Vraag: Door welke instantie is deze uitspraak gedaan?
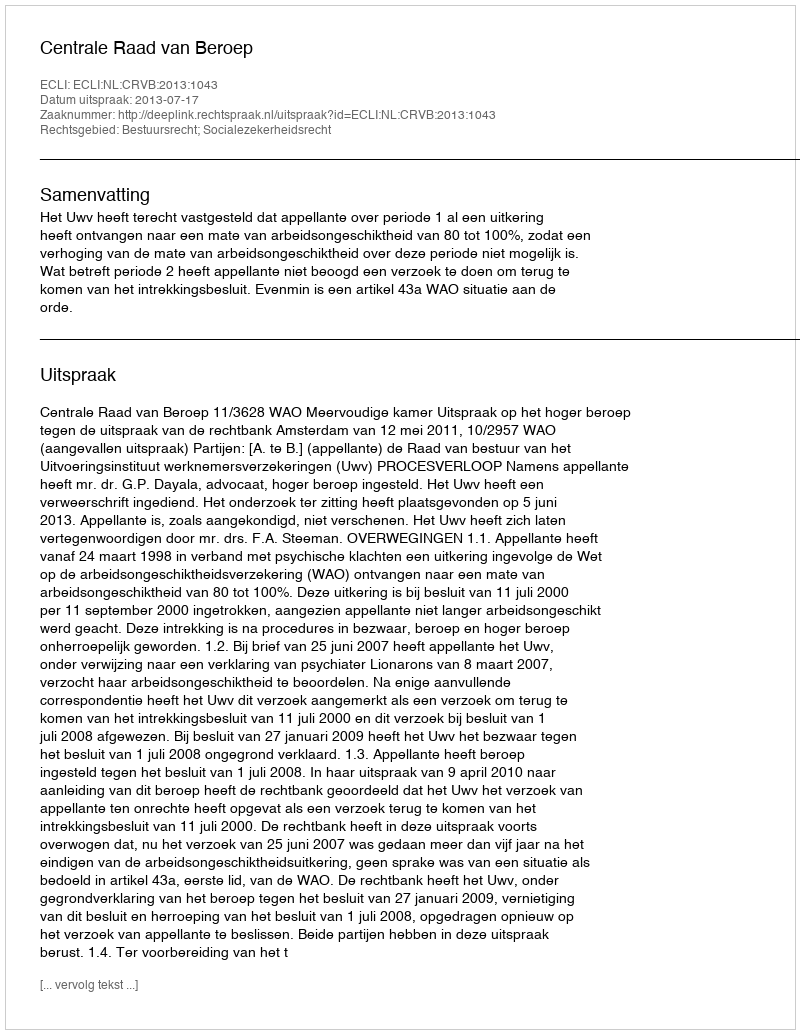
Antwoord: Centrale Raad van Beroep